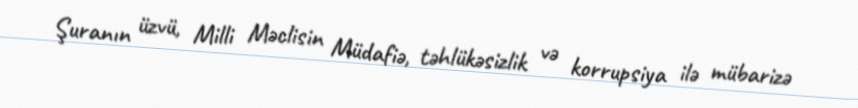
Şuranın üzvü, Milli Məclisin Müdafiə, təhlükəsizlik və korrupsiya ilə mübarizə